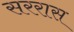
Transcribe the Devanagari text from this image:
सररास